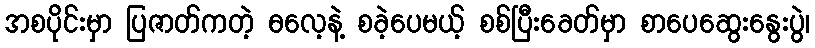
အစပိုင်းမှာ ပြဇာတ်ကတဲ့ ဓလေ့နဲ့ စခဲ့ပေမယ့် စစ်ပြီးခေတ်မှာ စာပေဆွေးနွေးပွဲ၊